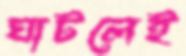
ঘাটলেই